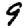
Digit: 9